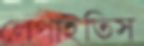
লেপাইতিস